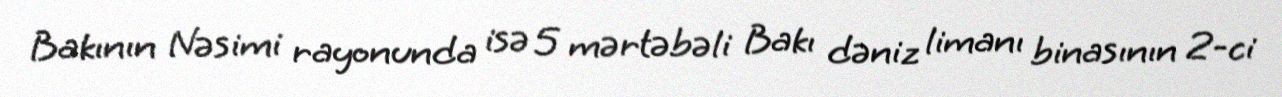
Bakının Nəsimi rayonunda isə 5 mərtəbəli Bakı dəniz limanı binasının 2-ci